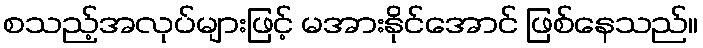
စသည့်အလုပ်များဖြင့် မအားနိုင်အောင် ဖြစ်နေသည်။